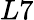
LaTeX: L7